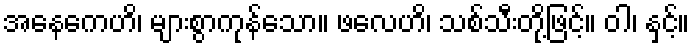
အနေကေဟိ၊ များစွာကုန်သော။ ဖလေဟိ၊ သစ်သီးတို့ဖြင့်။ ဝါ၊ နှင့်။